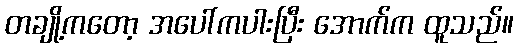
တချို့ကတော့ အပေါ်ကပါးပြီး အောက်က ထူသည်။